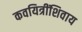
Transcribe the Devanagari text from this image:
कवयित्रींशिवाय